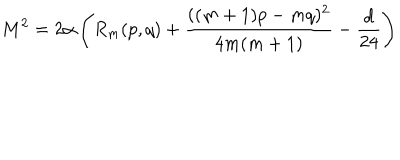
M ^ { 2 } = 2 \alpha \left( R _ { m } ( p , q ) + { \frac { ( ( m + 1 ) p - m q ) ^ { 2 } } { 4 m ( m + 1 ) } } - { \frac { d } { 2 4 } } \right)